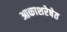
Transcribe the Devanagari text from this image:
आकाशरेषेत